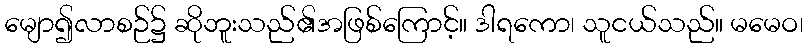
မျော၍လာစဉ်၌ ဆိုဘူးသည်၏အဖြစ်ကြောင့်။ ဒါရကော၊ သူငယ်သည်။ မမေဝ၊